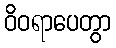
ဝိဝရာပေတွာ